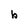
Character: b